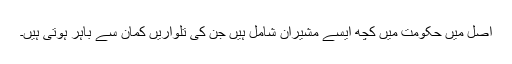
اصل میں حکومت میں کچھ ایسے مشیران شامل ہیں جن کی تلواریں کمان سے باہر ہوتی ہیں۔